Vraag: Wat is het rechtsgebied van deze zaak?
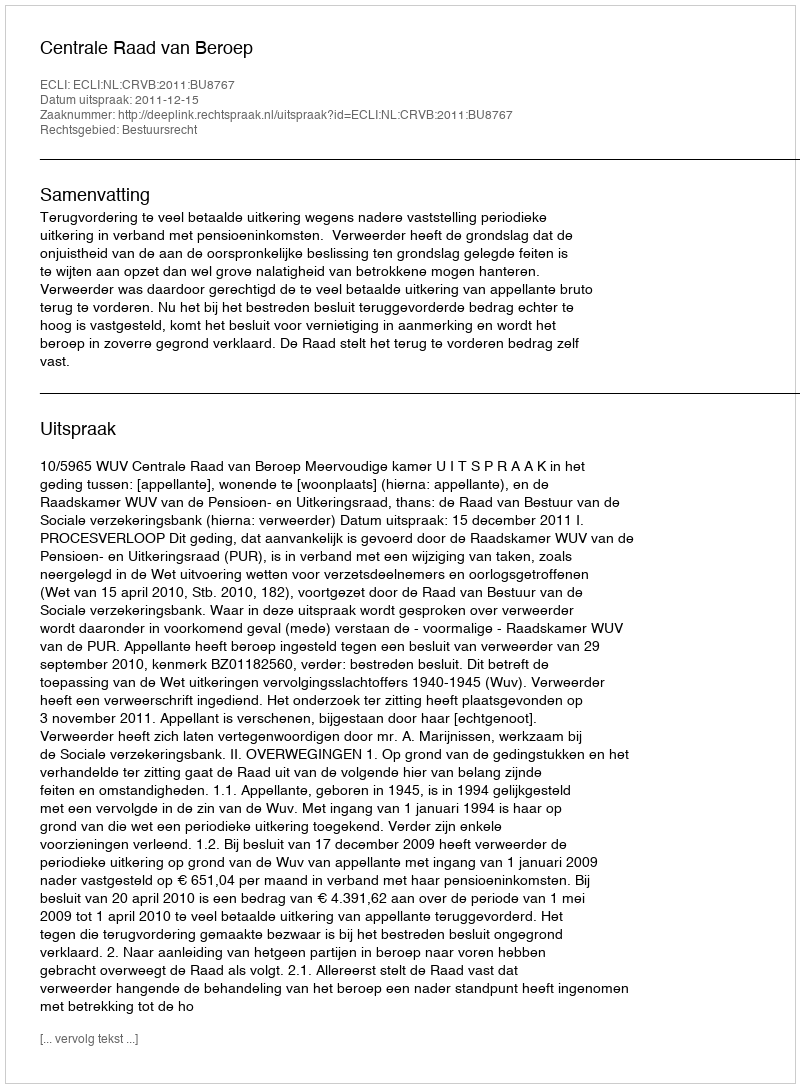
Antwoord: Bestuursrecht